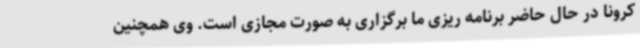
کرونا در حال حاضر برنامه ریزی ما برگزاری به صورت مجازی است. وی همچنین